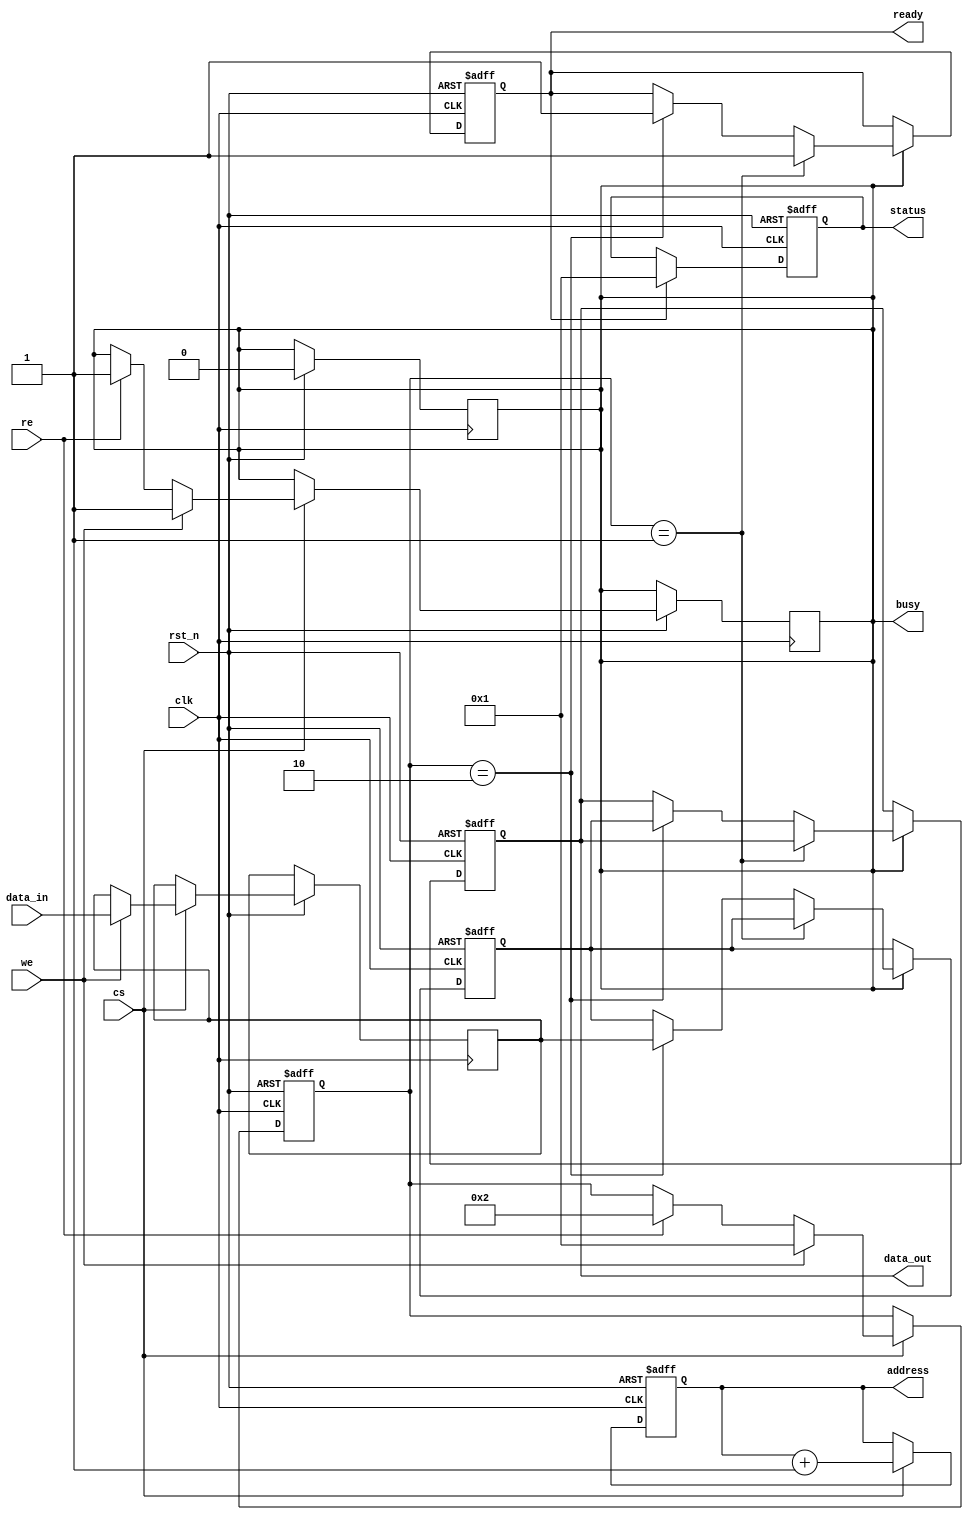
module io_block (
    input wire clk,                // Clock signal
    input wire rst_n,              // Active low reset
    input wire cs,                 // Chip Select
    input wire we,                 // Write Enable
    input wire re,                 // Read Enable
    input wire [7:0] data_in,      // Data input lines (DQ)
    output reg [7:0] data_out,     // Data output lines (DQ)
    output reg busy,               // Busy status
    output reg ready,              // Ready status
    output reg [3:0] status,       // Status register
    output reg [15:0] address      // Address lines (A)
);

    // Internal signals
    reg [7:0] data_latch;          // Data latch for input
    reg [7:0] output_latch;        // Output latch for data
    reg [3:0] command;             // Command register

    // Command decoder
    always @(posedge clk or negedge rst_n) begin
        if (!rst_n) begin
            command <= 4'b0000;     // Reset command
        end else if (cs) begin
            if (we) begin
                command <= 4'b0001; // Write command
                data_latch <= data_in; // Capture incoming data
                busy <= 1'b1;       // Set busy flag
            end else if (re) begin
                command <= 4'b0010; // Read command
                busy <= 1'b1;       // Set busy flag
            end
        end
    end

    // Data output logic
    always @(posedge clk or negedge rst_n) begin
        if (!rst_n) begin
            data_out <= 8'b0;      // Reset data output
            output_latch <= 8'b0;  // Reset output latch
            ready <= 1'b0;         // Reset ready flag
        end else if (busy) begin
            if (command == 4'b0001) begin
                // Write operation
                // Here you would typically write to the NAND memory
                // For simulation, we just set ready after a write
                ready <= 1'b1;     // Set ready flag after write
            end else if (command == 4'b0010) begin
                // Read operation
                output_latch <= data_latch; // Simulate reading data
                data_out <= output_latch;    // Output the data
                ready <= 1'b1;                // Set ready flag after read
            end
            busy <= 1'b0; // Clear busy flag after operation
        end
    end

    // Status register management
    always @(posedge clk or negedge rst_n) begin
        if (!rst_n) begin
            status <= 4'b0000; // Reset status
        end else if (ready) begin
            status <= 4'b0001; // Set status to ready
        end
    end

    // Address handling (simplified)
    always @(posedge clk or negedge rst_n) begin
        if (!rst_n) begin
            address <= 16'b0; // Reset address
        end else if (cs) begin
            // Here you would typically handle address input
            // For simulation, we just increment the address
            address <= address + 1;
        end
    end

endmodule